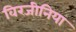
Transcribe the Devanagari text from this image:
विरजीनिया